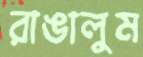
রাঙালুম